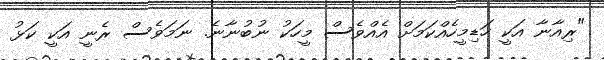
"ރިއާނާ އަކީ ހަޑިމީހެއްކަމަށް އެއްވެސް މީހަކު ނުބުނާނެ. ނަމަވެސް ރެނީ އަކީ ކަޅު